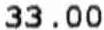
33.00